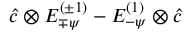
\hat { c } \otimes E _ { \mp \psi } ^ { ( \pm 1 ) } - E _ { - \psi } ^ { ( 1 ) } \otimes \hat { c }